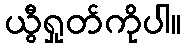
ယွီရှုတ်ကိုပါ။